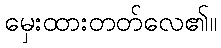
မှေးထားတတ်လေ၏။